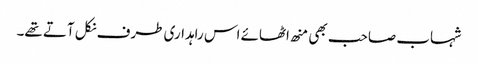
شہاب صاحب بھی منھ اٹھائے اس راہداری طرف نکل آتے تھے۔